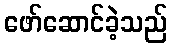
ဖော်ဆောင်ခဲ့သည်